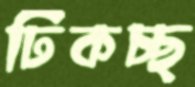
ঢিকচ্ছ